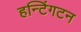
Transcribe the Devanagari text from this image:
हन्टिंगटन